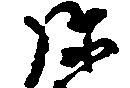
弥